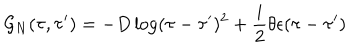
{ \cal G } _ { N } ( \tau , \tau ^ { \prime } ) = - D \log ( \tau - \tau ^ { \prime } ) ^ { 2 } + \frac i 2 \theta \epsilon ( \tau - \tau ^ { \prime } )